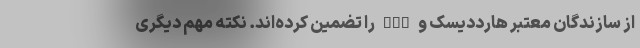
از سازندگان معتبر هارددیسک و SSD را تضمین کرده‌اند. نکته مهم دیگری